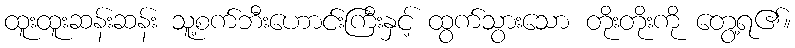
ထူးထူးဆန်းဆန်း သူ့စက်ဘီးဟောင်းကြီးနှင့် ထွက်သွားသော တိုးတိုးကို တွေ့ရ၏။